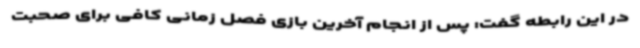
در این رابطه گفت: پس از انجام آخرین بازی فصل زمانی کافی برای صحبت